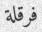
فرقلة